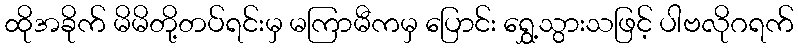
ထိုအခိုက် မိမိတို့တပ်ရင်းမှ မကြာမီကမှ ပြောင်း ရွှေ့သွားသဖြင့် ပါဗလိုဂရက်